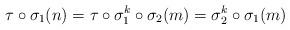
LaTeX: \begin{align*}\tau\circ \sigma_1(n) & =\tau\circ \sigma_1^k \circ \sigma_2(m) = \sigma_2^k \circ \sigma_1(m)\end{align*}